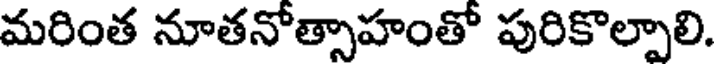
మరింత నూతనోత్సాహంతో పురికొల్పాలి.